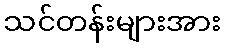
သင်တန်းများအား